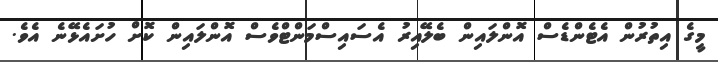
މީގެ އިތުރުން އެޓެންޑެސް އޮންލައިން ބެލޭއިރު އެސައިސްމަންޓްވެސް އޮންލައިން ކޮށް ހުށައެޅޭނެ އެވެ.